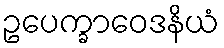
ဥပေက္ခာဝေဒနိယံ